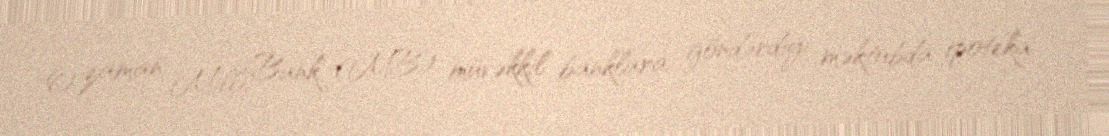
O zaman Milli Bank (MB) müvəkkil banklara göndərdiyi məktubda ipoteka